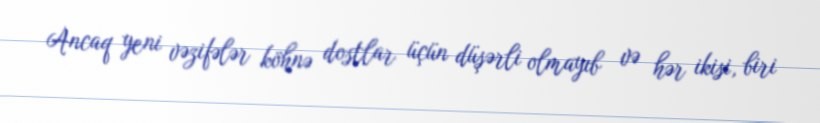
Ancaq yeni vəzifələr köhnə dostlar üçün düşərli olmayıb və hər ikisi, biri